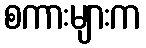
စကားများက